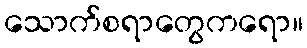
သောက်စရာတွေကရော။